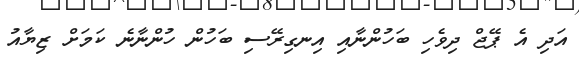
އަދި އެ ޕޭޖް ދިވެހި ބަހުންނާއި އިނގިރޭސި ބަހުން ހުންނާނެ ކަމަށް ޒިޔާއު